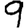
Digit: 9